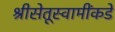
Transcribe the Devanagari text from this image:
श्रीसेतूस्वामींकडे